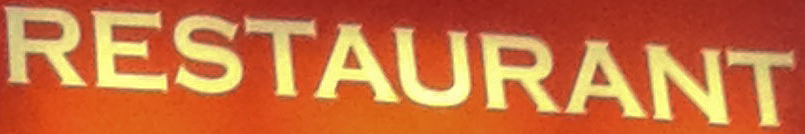
RESTAURANT